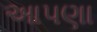
આપણા